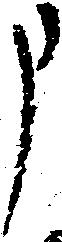
申